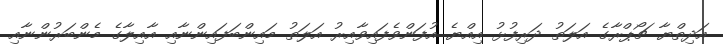
އަދިތްޔާ ޗޯޕްރާގެ އަލަތު ދަރިފުޅު އިއްޔެ އުފަންވެފައިވާއިރު އަލަތު މައިންބަފައިންނާއި އާއިލާގެ މެންބަރުންނާއި